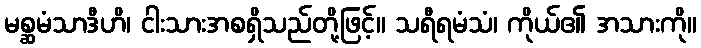
မစ္ဆမံသာဒီဟိ၊ ငါးသားအစရှိသည်တို့ဖြင့်။ သရီရမံသံ၊ ကိုယ်၏ အသားကို။